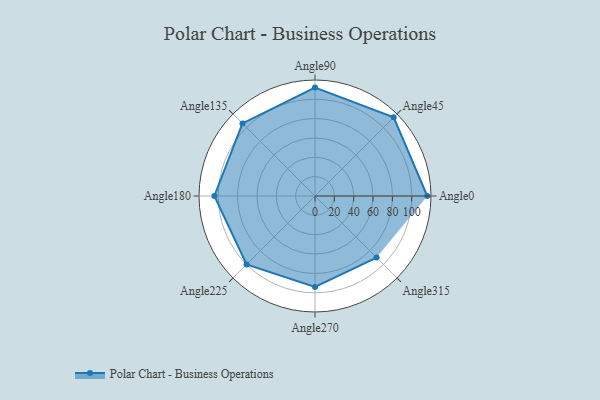
{"axis": {"x": "Angle", "y": "Radius"}, "legend": [""], "data": [{"x": "Angle0", "y": 116.0, "type": ""}, {"x": "Angle45", "y": 115.0, "type": ""}, {"x": "Angle90", "y": 112.0, "type": ""}, {"x": "Angle135", "y": 106.0, "type": ""}, {"x": "Angle180", "y": 104.0, "type": ""}, {"x": "Angle225", "y": 100.0, "type": ""}, {"x": "Angle270", "y": 94.0, "type": ""}, {"x": "Angle315", "y": 90.0, "type": ""}]}